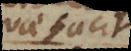
quae facit